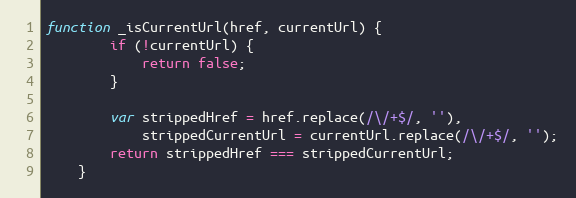
Language: JavaScript
function _isCurrentUrl(href, currentUrl) {
        if (!currentUrl) {
            return false;
        }

        var strippedHref = href.replace(/\/+$/, ''),
            strippedCurrentUrl = currentUrl.replace(/\/+$/, '');
        return strippedHref === strippedCurrentUrl;
    }